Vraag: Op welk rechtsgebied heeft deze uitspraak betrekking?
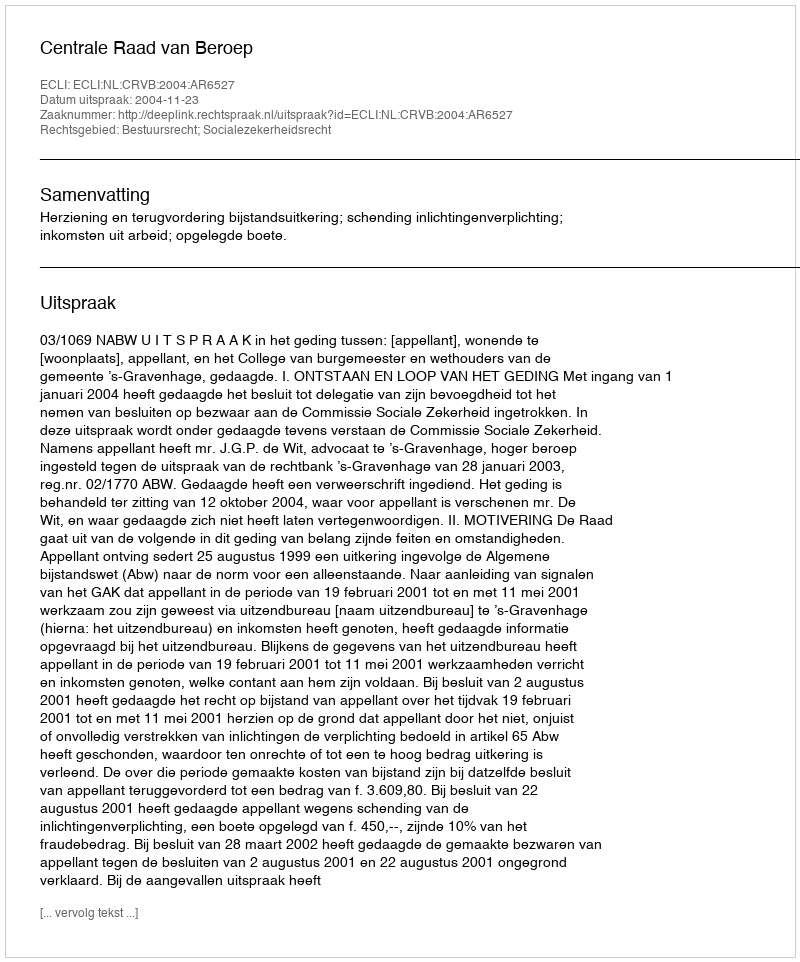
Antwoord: Bestuursrecht; Socialezekerheidsrecht